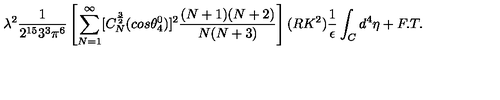
\lambda ^ { 2 } \frac { 1 } { 2 ^ { 1 5 } 3 ^ { 3 } \pi ^ { 6 } } \left[ \sum _ { N = 1 } ^ { \infty } [ C _ { N } ^ { \frac { 3 } { 2 } } ( c o s { \theta _ { 4 } ^ { 0 } } ) ] ^ { 2 } \frac { ( N + 1 ) ( N + 2 ) } { N ( N + 3 ) } \right] ( R K ^ { 2 } ) \frac { 1 } { \epsilon } \int _ { C } d ^ { 4 } { \eta } + F . T .